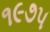
૧૯૭૫